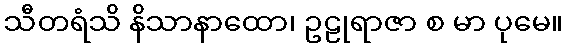
သီတရံသိ နိသာနာထော၊ ဥဠုရာဇာ စ မာ ပုမေ။